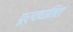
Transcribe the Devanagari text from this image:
पूर्वघतित